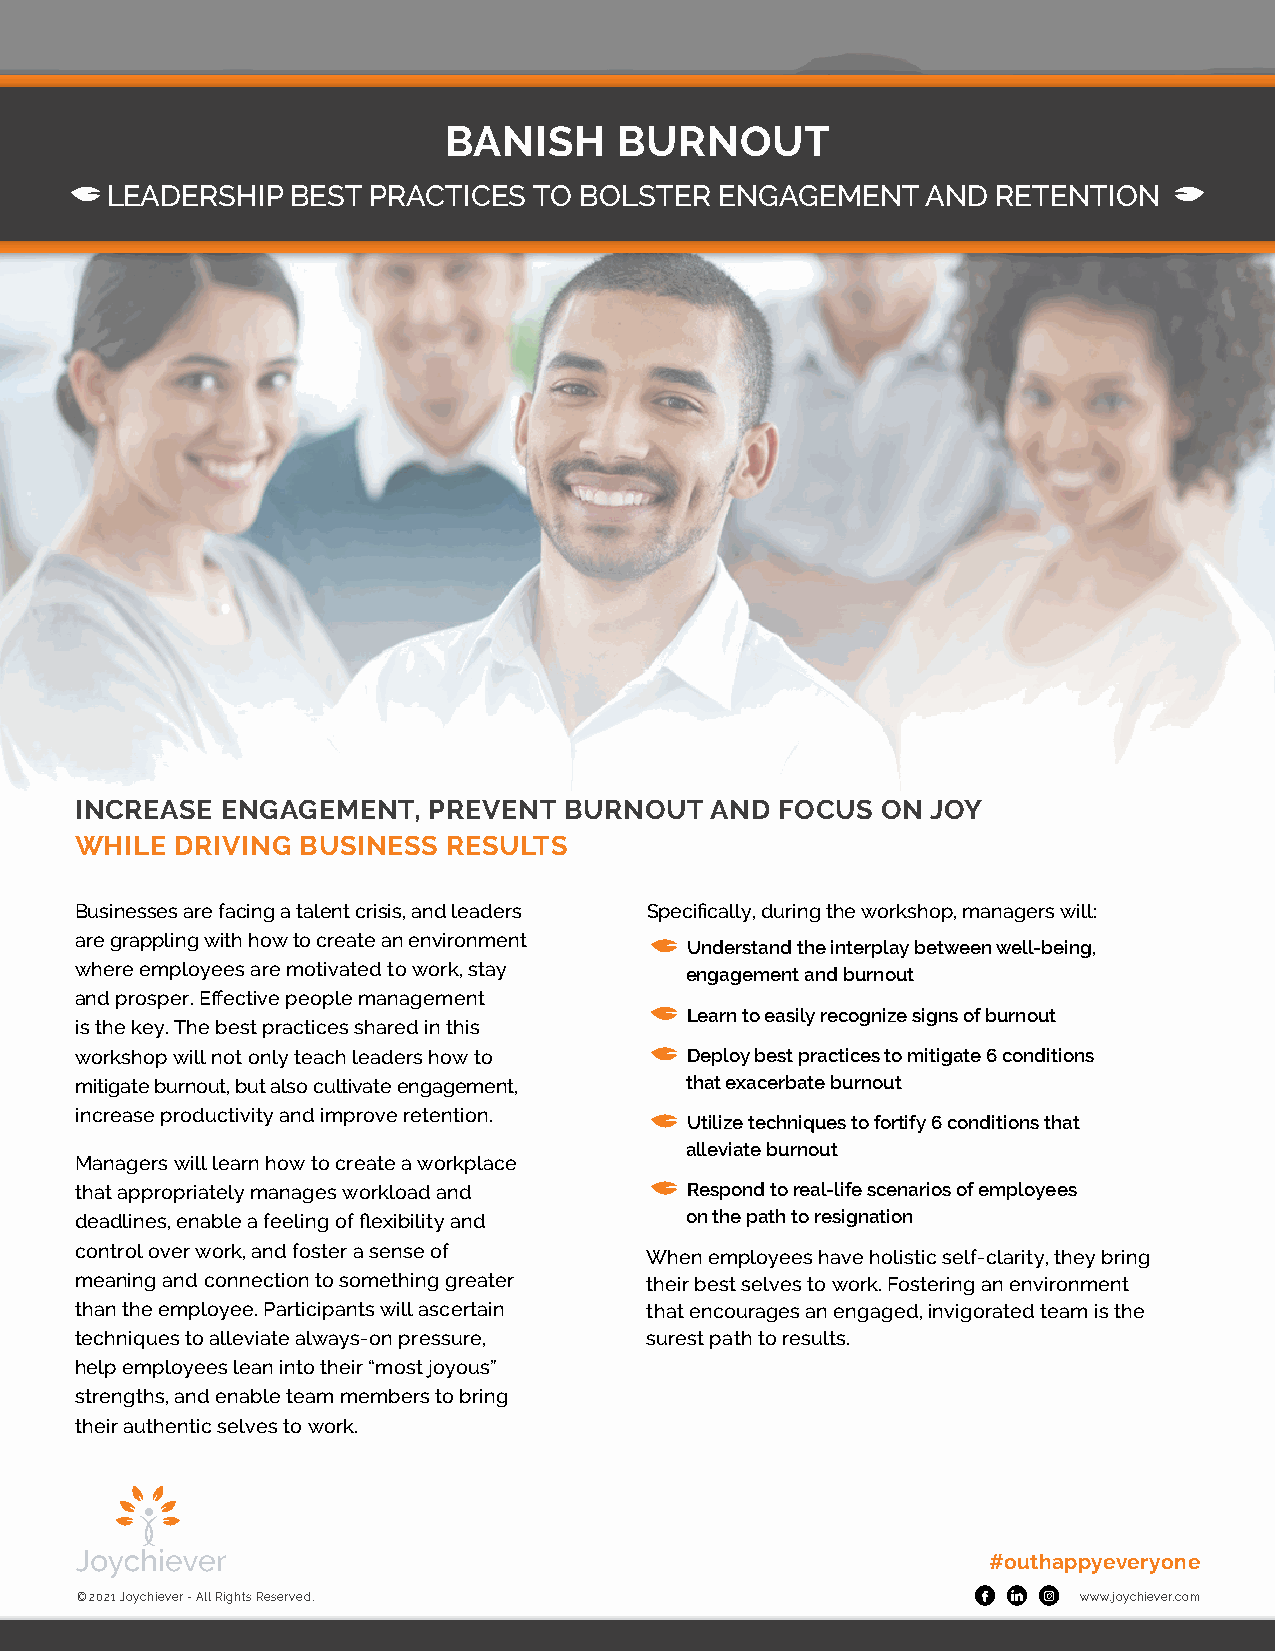
BANISH      BURNOUT
 LEADERSHIP  BEST PRACTICES  TO BOLSTER   ENGAGEMENT   AND  RETENTION
 INCREASE  ENGAGEMENT,  PREVENT  BURNOUT   AND  FOCUS ON  JOY
 WHILE  DRIVING BUSINESS  RESULTS
 Businesses are facing a talent crisis, and leaders Specifically, during the workshop, managers will:
 are grappling with how to create an environment
 Understand the interplay between well-being,
 where employees are motivated to work, stay engagement and burnout
 and prosper. Effective people management
 Learn to easily recognize signs of burnout
 is the key. The best practices shared in this
 workshop will not only teach leaders how to Deploy best practices to mitigate 6 conditions
 mitigate burnout, but also cultivate engagement, that exacerbate burnout
 increase productivity and improve retention.
 Utilize techniques to fortify 6 conditions that
 alleviate burnout
 Managers will learn how to create a workplace
 that appropriately manages workload and  Respond to real-life scenarios of employees
 deadlines, enable a feeling of flexibility and on the path to resignation
 control over work, and foster a sense of
 When employees have holistic self-clarity, they bring
 meaning and connection to something greater their best selves to work. Fostering an environment
 than the employee. Participants will ascertain that encourages an engaged, invigorated team is the
 techniques to alleviate always-on pressure, surest path to results.
 help employees lean into their “most joyous”
 strengths, and enable team members to bring
 their authentic selves to work.
 #outhappyeveryone
 © 2021 Joychiever - All Rights Reserved.                           www.joychiever.com